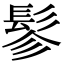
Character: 𩬖